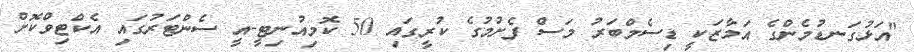
"އަޅުގަނޑުމެންގެ އަމާޒަކީ ޑިސެމްބަރު މަސް ފެށުމުގެ ކުރީގައި 50 ކޮމިއުނިޓީ-އީ ސެންޓަރުގައި އެކްޓިވްކޮށް